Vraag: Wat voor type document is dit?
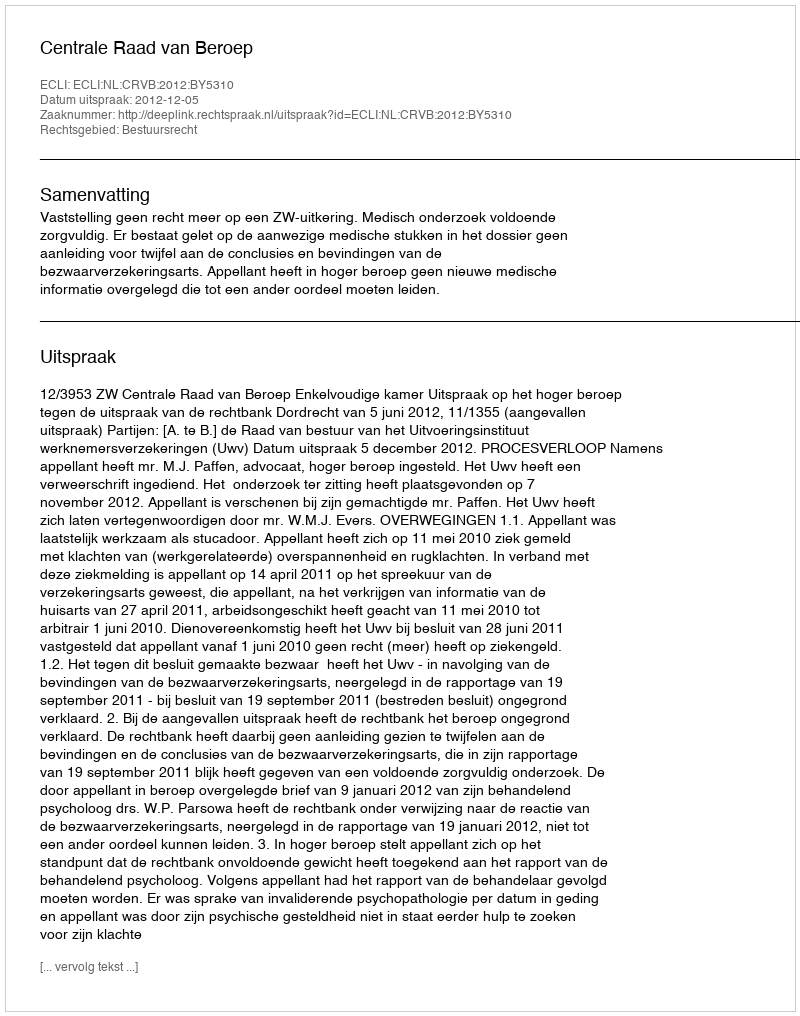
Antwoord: Uitspraak